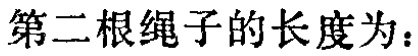
第二根绳子的长度为：